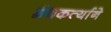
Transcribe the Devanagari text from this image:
ग्रंथकर्त्याने